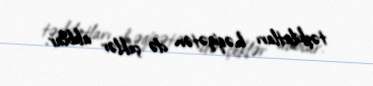
təşkilatları həqiqətən də çeklər alıblar.